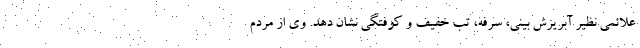
علائمی نظیر آبریزش بینی، سرفه، تب خفیف و کوفتگی نشان دهد. وی از مردم